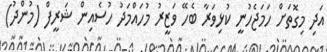
އަދި މިގޮތަށް ހަމަޖެހުނީ ކުޅިވަރާ ބެހޭ ވަޒީރު މުހައްމަދު ހުސެއިން ޝަރީފް (މުންދު)